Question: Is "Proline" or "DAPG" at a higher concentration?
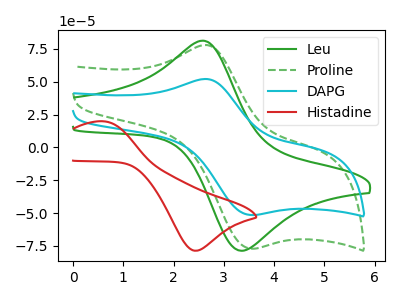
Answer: <think>The green curve "Leu" has an anodic peak at (2.60V, 81.15uA) and a cathodic peak at (3.40V, -78.50uA). The green dashed curve "Proline" has an anodic peak at (2.65V, 77.90uA) and a cathodic peak at (3.55V, -76.95uA). The cyan curve "DAPG" has an anodic peak at (2.65V, 52.00uA) and a cathodic peak at (3.55V, -51.40uA). The red curve "Histadine" has an anodic peak at (0.60V, 19.80uA) and a cathodic peak at (2.45V, -78.60uA).
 All the peaks in "Proline" have a peak in "DAPG" at the same potential. Every peak in "Proline" is higher than every peak in "DAPG".</think>
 <answer>"Proline" has more signal than "DAPG" and so likely has a higher concentration.</answer>
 <eval>more_concentration</eval>